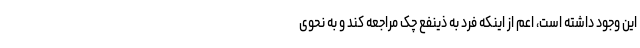
این وجود داشته است، اعم از اینکه فرد به ذینفع چک مراجعه کند و به نحوی